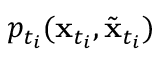
p _ { t _ { i } } ( \mathbf { x } _ { t _ { i } } , \tilde { \mathbf { x } } _ { t _ { i } } )